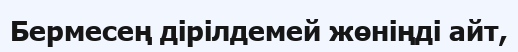
Бермесең дірілдемей жөніңді айт,